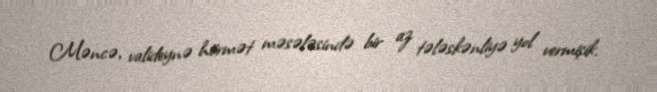
Məncə, valideynə hörmət məsələsində bir az tələskənliyə yol vermişik.